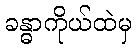
ခန္ဓာကိုယ်ထဲမှ